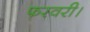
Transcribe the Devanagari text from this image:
फरवरी।